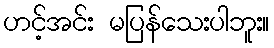
ဟင့်အင်း မပြန်သေးပါဘူး။